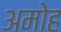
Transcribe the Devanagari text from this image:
अमोह